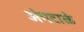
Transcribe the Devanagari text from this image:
अंगटाळे